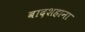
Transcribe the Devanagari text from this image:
बादशहाना